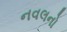
નવલનો